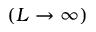
( L \to \infty )